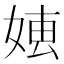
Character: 𡞍